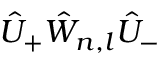
\hat { U } _ { + } \hat { W } _ { n , l } \hat { U } _ { - }